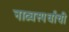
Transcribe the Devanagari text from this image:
नाट्यस्पर्धांची